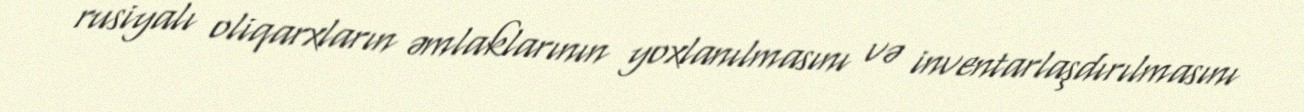
rusiyalı oliqarxların əmlaklarının yoxlanılmasını və inventarlaşdırılmasını